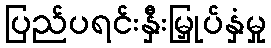
ပြည်ပရင်းနှီးမြှုပ်နှံမှု